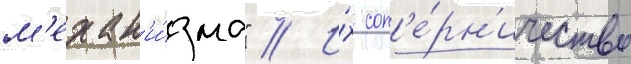
м'ехан'и́зма" // И́х соп'е́рн'ичество